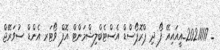
_ 20211117_އީއައިއޭ ފޯ ދި ޕްރޮޕޯސްޑް އެސްޓެބްލިޝްމަންޓް އޮފް ވޯޓަރ އެންޑް ސުވަރޭޖް